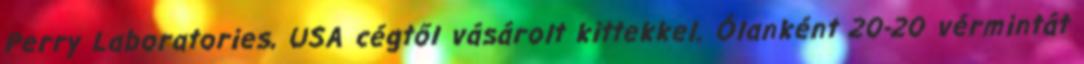
Perry Laboratories, USA cégtől vásárolt kittekkel. Ólanként 20-20 vérmintát